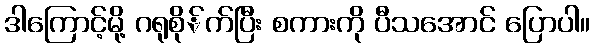
ဒါကြောင့်မို့ ဂရုစို်က်ပြီး စကားကို ပီသအောင် ပြောပါ။